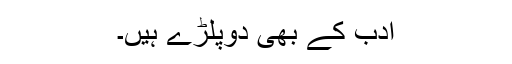
ادب کے بھی دوپلڑے ہیں۔